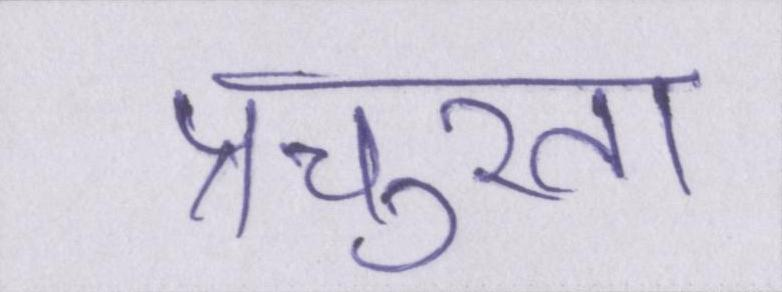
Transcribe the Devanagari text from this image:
प्रचुरता